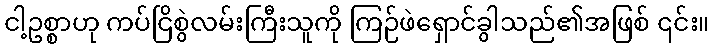
ငါ့ဥစ္စာဟု ကပ်ငြိစွဲလမ်းကြီးသူကို ကြဉ်ဖဲရှောင်ခွါသည်၏အဖြစ် ၎င်း။